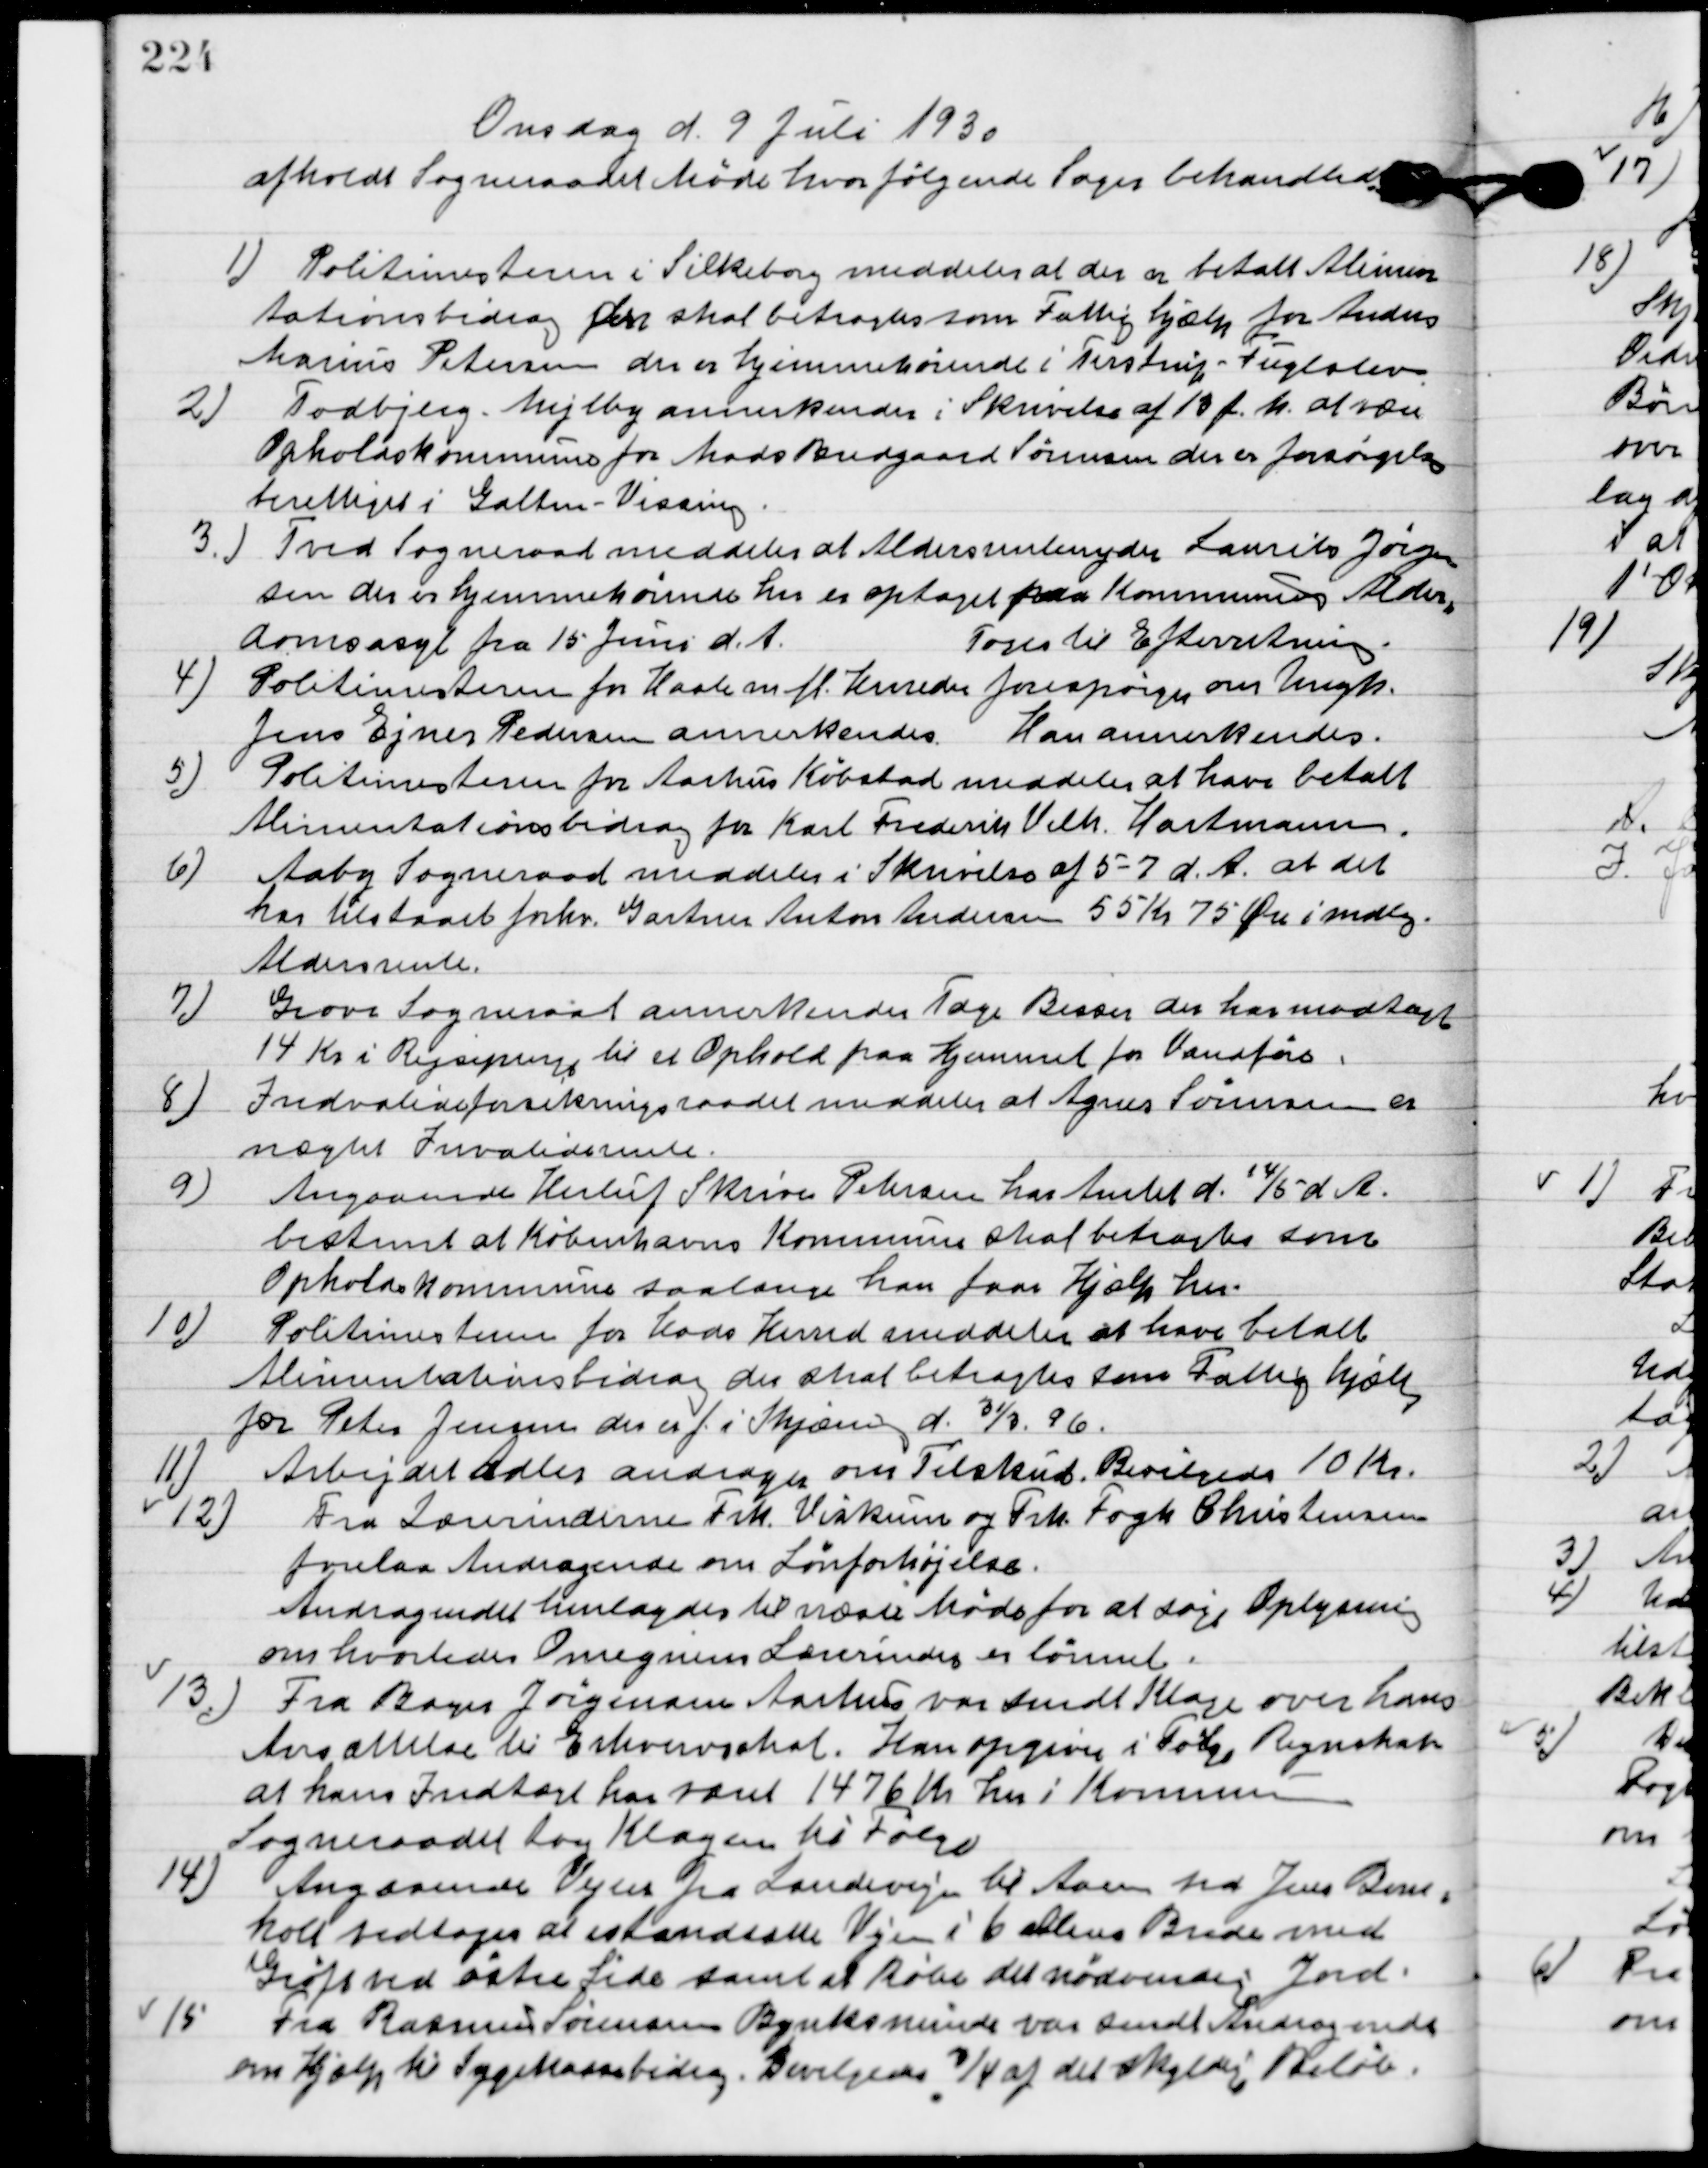
Transskription:
Onsdag d. 9. Juli 1930
afholdt Sogneraadet Møde hvor følgende sager behandledes.

1

Politimesteren i Silkeborg meddeler at der er betalt Alimen-
tationsbidrag der skal betragtes som Fattig hjælp for Anders
Marius Petersen der er hjemmehørende i Tirstrup-Fuglslev.

2

Todbjerg-Mejlby annerkender i Skrivelse af 13 f. m. at være
Opholdskommune for Mads Bredgaard Sørensen der er forsørgelses-
berettiget i Galten-Vissing.

3

Tved Sogneraad meddeler at aldersrentenyder Laurits Jørgen-
sen der er hjemmehørende her er optaget paa Kommunens Alder-
domsasyl fra 15 Juni d. A.
Toges til Efterretning.

4

Politimesteren for Hasle m. f. Kendes forespørger om ungk.
Jens Ejner Pedersen annerkendes.
Han annerkendes.

5

Politimesteren fra Aarhus Købstad meddeler at have betalt
Alimentationsbidrag for Karl Frederik Vilh. Hartmann.

6

Aaby Sogneraad meddeler i Skrivelse af 5-7 d. A. at det
har tilstaaet forhv. Gartner Anton Andersen 55 Kr. 75 Øre i mdlg.
Andersrente.

7

Grove Sogneraad annerkender Tage Besser der har modtaget
14 Kr. i Rejsepenge til et Ophold paa Hjemmet for Vandføre.

8

Invalideforsikrings raadet meddeler at Agnes Sørensen er
nægtet Invalide rente.

9

Angaaende Herluf Skrive Petersen har Amtet d. 14/5 d. A.
bestemt at Københavns Kommune skal betragtes som
Opholdskommune saalænge han faar Hjælp her.

10

Politimesteren fra Hads Herredmeddeler at have betalt
Alimentationsbidrag der skal betragtes som Fattig hjælp
for Peter Jensen der er f. i Skjæring d. 31/3. 96.

11

”Arbejdet Adler” andrager om Tilskud.
Bevilgedes 10 Kr.

12

Fra Lærerinderne Frk. Viskum og Frk. Fogh Christensen
forelaa Andragende om Lønforhøjelse.
Andragendet henlagdes til næste Møde for at søge Oplysninger
 om hvorledes Omegnens Lærerinder er lønnet.

13

Fra Boyes Jørgensen Aarhus var sendt klage over hans
Ansættelse til Erhvervsskat. Han opgiver Ifølge Regnskab
at hans Indtægt har været 1476 Kr. her i kommunen.
Sogneraadet tog Klagen til følge.

14

Angaaende Vejen fra Landevejen til Aaen ved Jens Bom-
holt vedtoges at istandsætte Vejen i 6 alens Brede med
grøftes ved øster side samt at købe det nødvendige Jord.

15

Fra Rasmus Sørensen Bynksminde var sendt Andragende
om Hjælp til Sygekassebidrag.
Bevilgedes ¾ af det skyldige beløb.